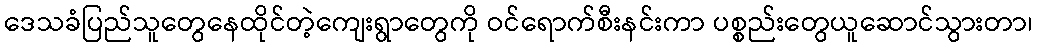
ဒေသခံပြည်သူတွေနေထိုင်တဲ့ကျေးရွာတွေကို ဝင်ရောက်စီးနင်းကာ ပစ္စည်းတွေယူဆောင်သွားတာ၊